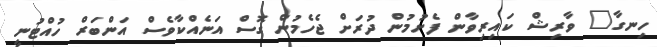
ހިނގާ" ވާރިޝް ކައިރިވާން ފެށުމުން ދުރަށް ޖެހެމުން ގޮސް އަނެއްކާވެސް އަންބަރް ހުއްޓުނީ